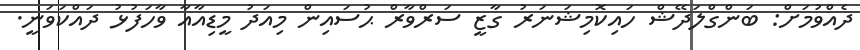
ދެއްވުމަށް: ބަންގްލަދޭޝް ހައިކޮމިޝަނަރު ގާޒީ ސަރްވާރް ޙުސައިން މިއަދު މީޑިއާއާ ވާހަފުޅު ދައްކަވަނީ.